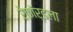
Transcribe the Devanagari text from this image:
रेकॉर्डला